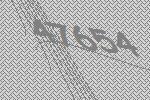
47654